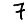
Digit: 7